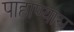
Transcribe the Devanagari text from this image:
पाहाण्यास